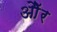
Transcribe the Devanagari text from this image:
औॅर